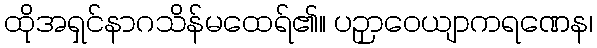
ထိုအရှင်နာဂသိန်မထေရ်၏။ ပဉှာဝေယျာကရဏေန၊